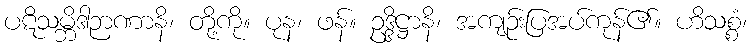
ပဋိသမ္ဘိဒါဉာဏာနိ၊ တို့ကို။ ပုန၊ ဖန်။ ဥဒ္ဒိဋ္ဌာနိ၊ အကျဉ်းပြအပ်ကုန်၏။ ဟိသစ္စံ၊